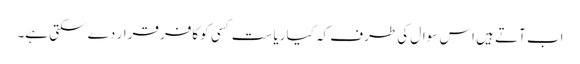
اب آتے ہیں اس سوال کی طرف کہ کیا ریاست کسی کو کافر قرار دے سکتی ہے۔